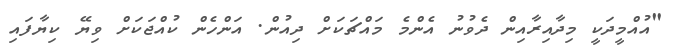
"އުއްމީދަކީ މިދާއިރާއިން ދެވުނު އެންމެ މައްޗަކަށް ދިއުން. އަންހެން ކުއްޖަކަށް ވިޔޭ ކިޔާފައި